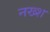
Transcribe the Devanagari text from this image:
नख्श